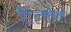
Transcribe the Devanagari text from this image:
टिल्मैन